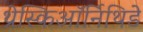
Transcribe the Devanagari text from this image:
थ्रेस्किऑर्निथिडे